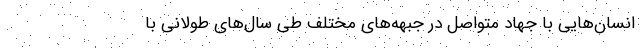
انسان‌هایی با جهاد متواصل در جبهه‌های مختلف طی سال‌های طولانی با